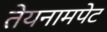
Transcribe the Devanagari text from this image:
तेयनामपेट